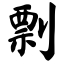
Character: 剽